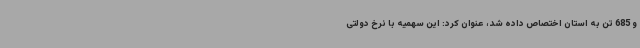
و 685 تن به استان اختصاص داده شد، عنوان کرد: این سهمیه با نرخ دولتی